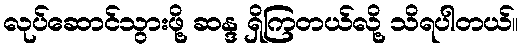
လုပ်ဆောင်သွားဖို့ ဆန္ဒ ရှိကြတယ်လို့ သိရပါတယ်။